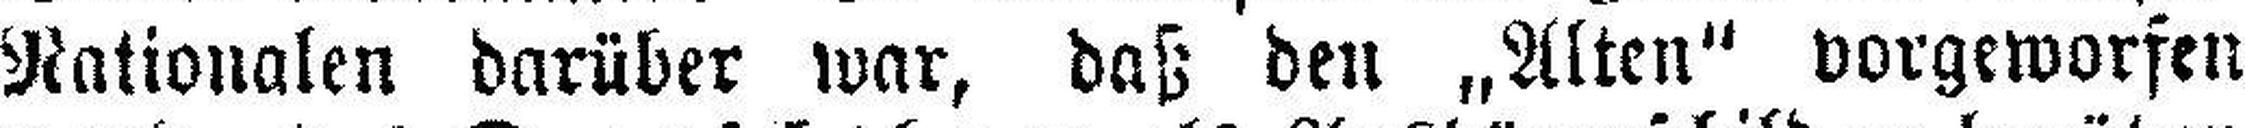
Nationalen darüber war, daß den „Alten“ vorgeworfen